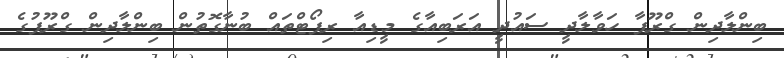
ބިންލާދިން ގްރޫޕާ ހަވާލާދީ ސައުދީ އަރަބިއާގެ މީޑިއާ ރިޕޯޓްތައް ބުނާގޮތުން ބިންލާދިން ގްރޫޕުގެ